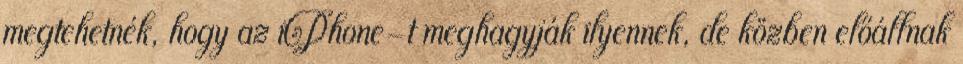
megtehetnék, hogy az iPhone-t meghagyják ilyennek, de közben előállnak